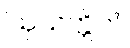
ဩသက္ကိတံ